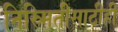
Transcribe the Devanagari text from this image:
निस्र्मितीसाठीही